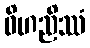
ဝိဟညိဿံ